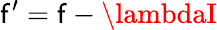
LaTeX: \mathsf{f}^{\prime}=\mathsf{f}-\lambdaI